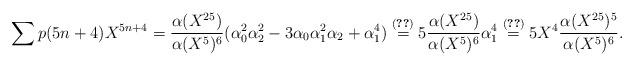
LaTeX: \begin{align*}\sum p(5n+4)X^{5n+4}=\frac{\alpha(X^{25})}{\alpha(X^5)^6}(\alpha_0^2\alpha_2^2-3\alpha_0\alpha_1^2\alpha_2+\alpha_1^4)\overset{\eqref{short}}{=}5\frac{\alpha(X^{25})}{\alpha(X^5)^6}\alpha_1^4\overset{\eqref{alpha1}}{=}5X^4\frac{\alpha(X^{25})^5}{\alpha(X^5)^6}.\end{align*}